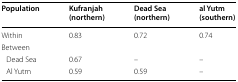
| Population | Kufranjah (northern) | Dead Sea (northern) | al Yutm (southern) |
 | --- | --- | --- | --- |
 | Within | 0.83 | 0.72 | 0.74 |
 | <COLSPAN=4> Between |
 | Dead Sea | 0.67 | – | – |
 | Al Yutm | 0.59 | 0.59 | – |